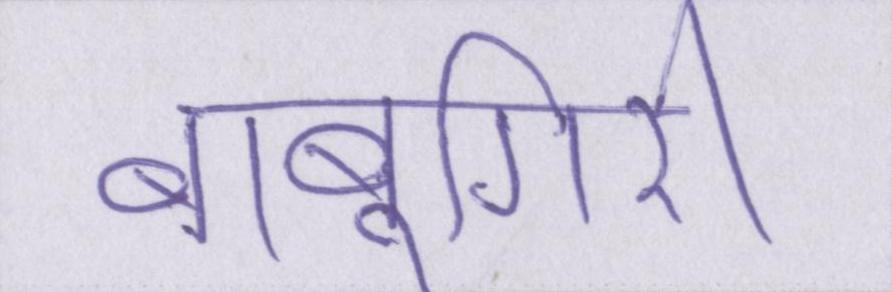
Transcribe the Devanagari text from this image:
बाबूगिरी